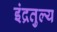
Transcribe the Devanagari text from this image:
इंद्रतुल्य